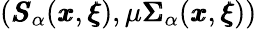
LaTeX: ({\pmb S}_{\alpha}({\pmb x},{\pmb\xi}),\mu{\pmb\Sigma}_{\alpha}({\pmb x},{\pmb\xi}))